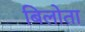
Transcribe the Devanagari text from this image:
बिलोता